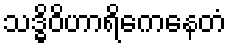
သဒ္ဓိဝိဟာရိကေနေတံ